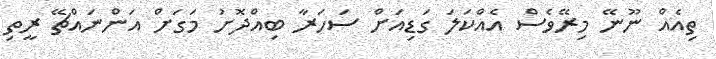
ތިއެއް ނޫނޭ މިރޭވެސް އެއްކަލަ ގަޑިއަށް ސަހަރާ ބިއްދޮށު މަގަށް އަންނައްޗޭ ރީތި